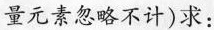
量元素忽略不计)求：